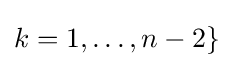
k=1,\ldots ,n-2\}